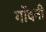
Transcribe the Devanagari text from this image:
गोंदनी